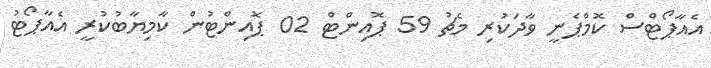
އެއާޕޯޓްސް ކޮމްޕެނީ ވާދަކުރި މެޗު 59 ޕޮއިންޓް 02 ޕޮއިންޓުން ކާމިޔާބުކުރީ އެއާޕޯޓު